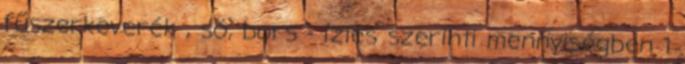
fűszerkeverék , só, bors - ízlés szerinti mennyiségben 1